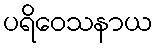
ပရိဝေသနာယ